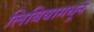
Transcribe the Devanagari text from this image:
लिबियामधून